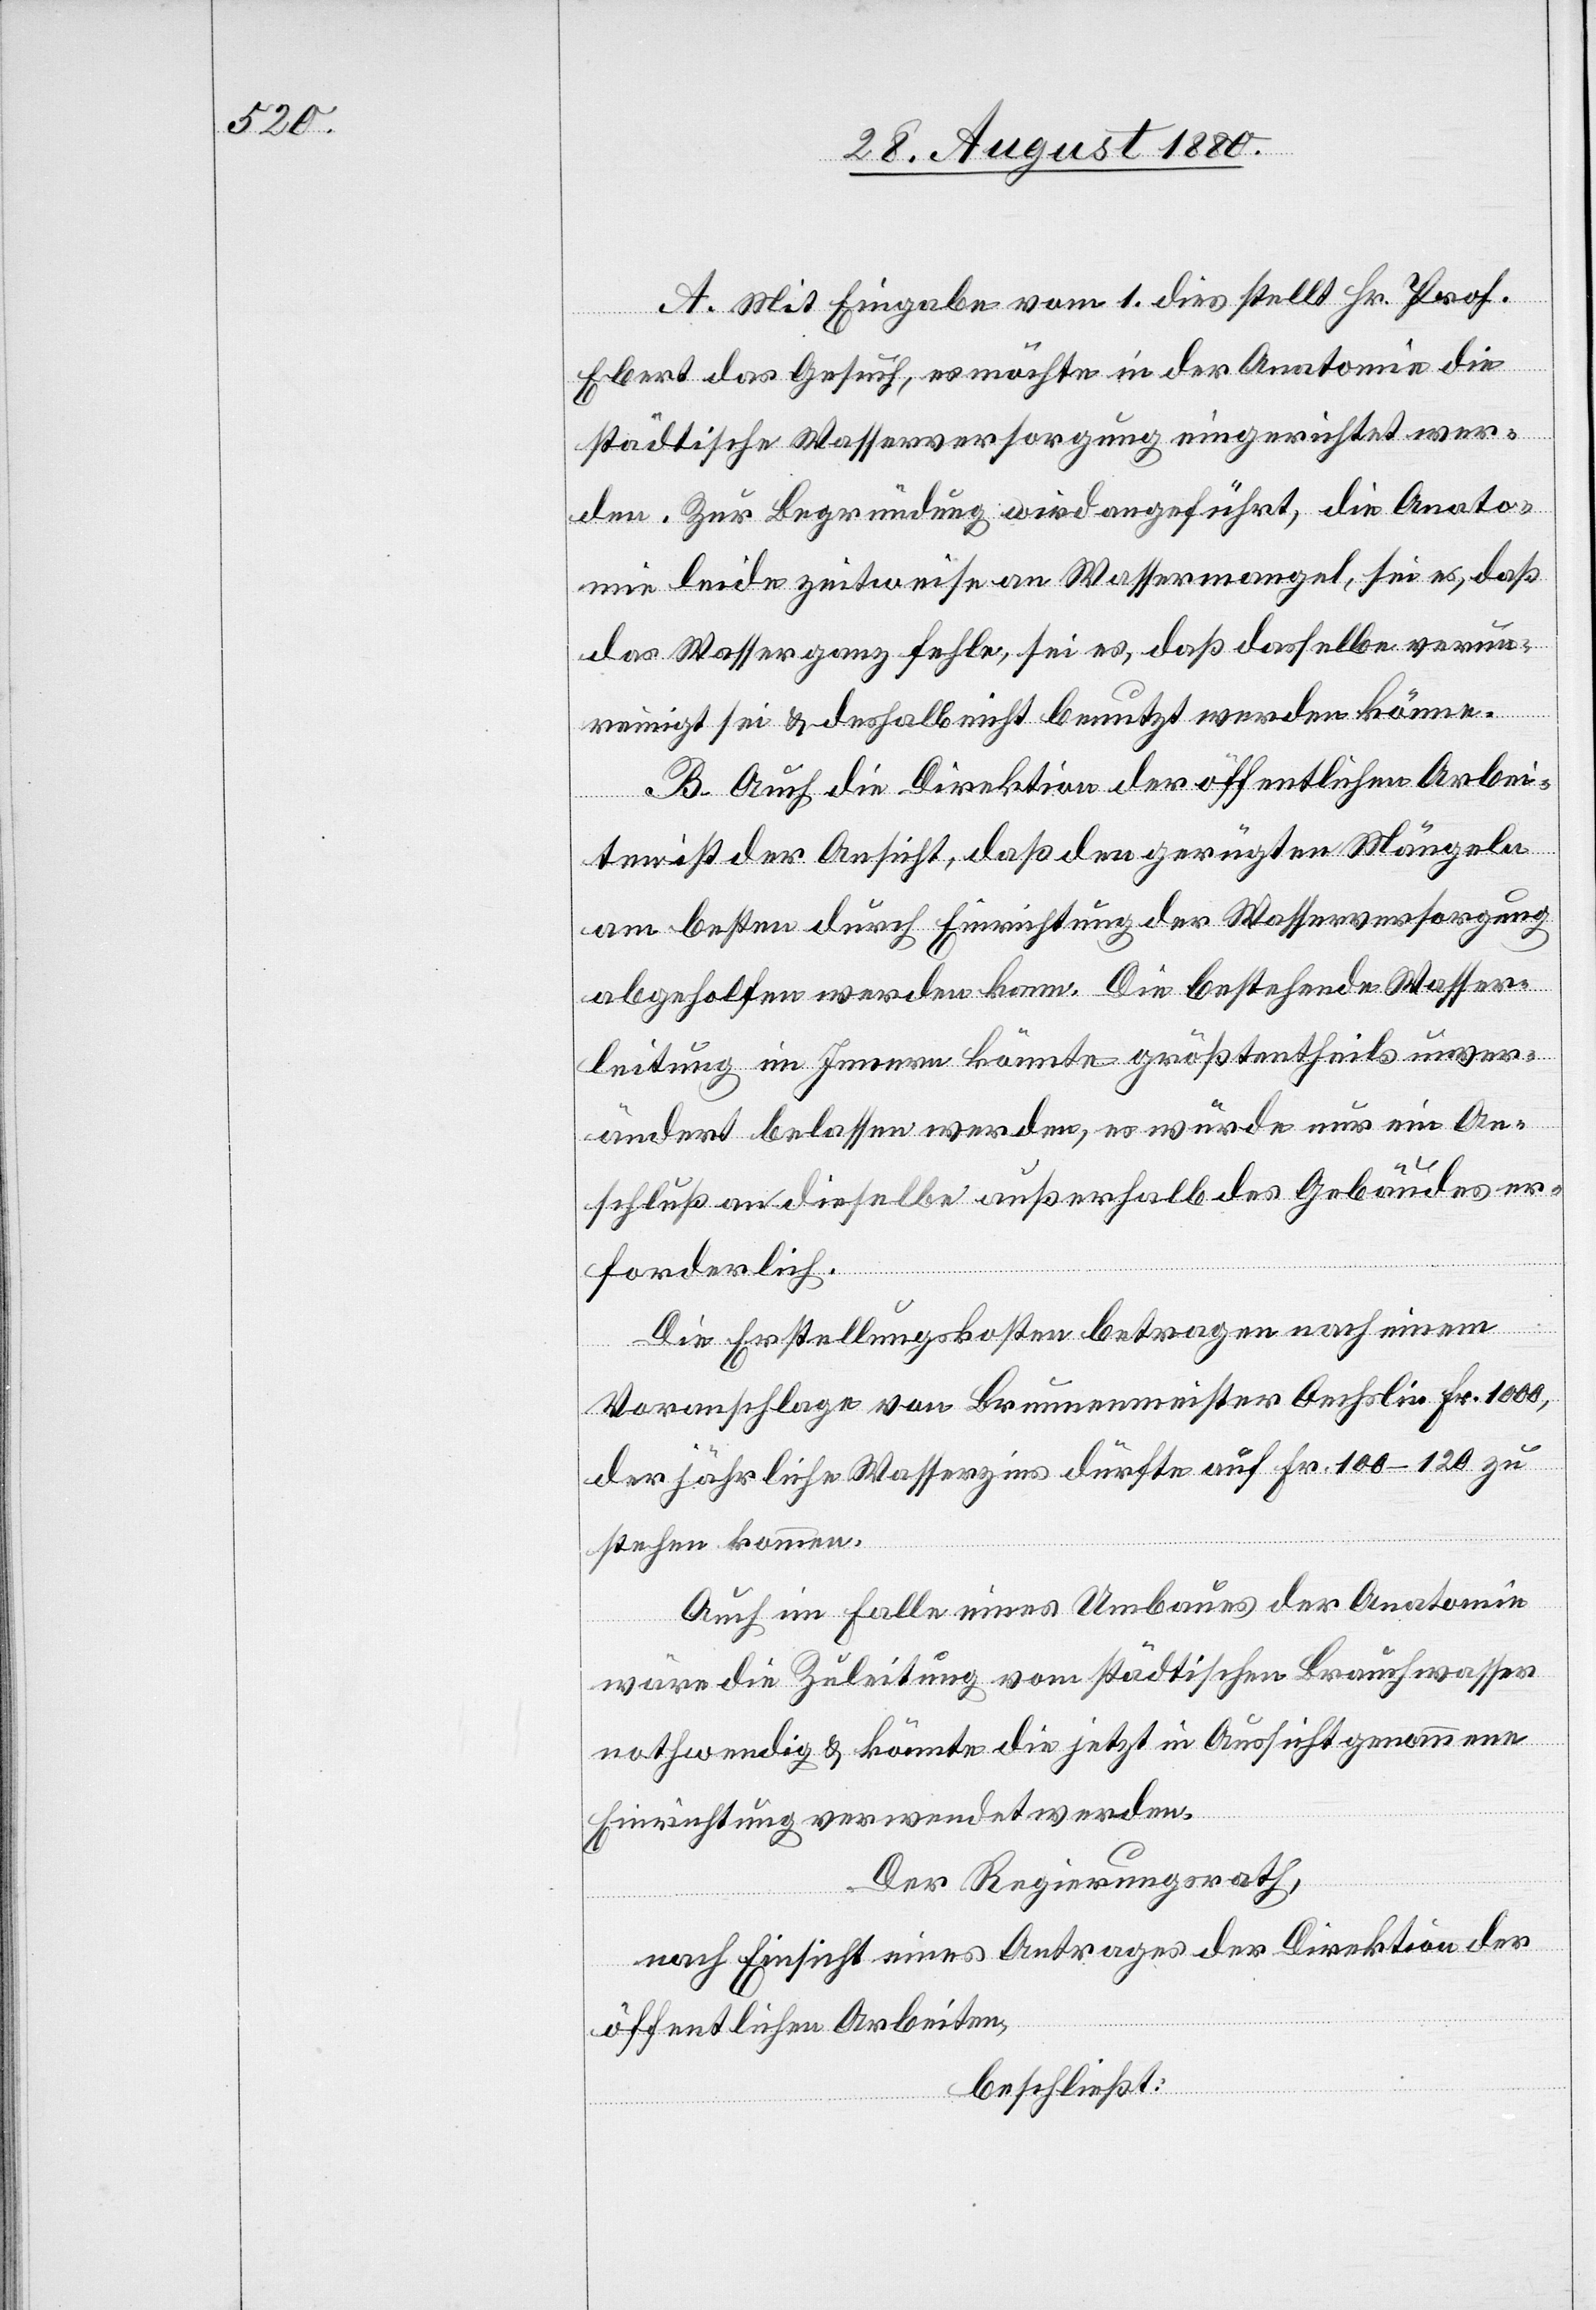
A. Mit Eingabe vom 1. dies stellt Hr. Prof.
Ebert das Gesuch, es möchte in der Anatomie die
städtische Wasserversorgung eingerichtet wer¬
den. Zur Begründung wird angeführt, die Anato¬
mie leide zeitweise an Wassermangel, sei es, daß
das Wasser ganz fehle, sei es, daß dasselbe verun¬
reinigt sei & deshalb nicht benutzt werden könne.
B. Auch die Direktion der öffentlichen Arbei¬
ten ist der Ansicht, daß den gerügten Mängeln
am besten durch Einrichtung der Wasserversorgung
abgeholfen werden kann. Die bestehende Wasser¬
leitung im Innern könnte größtentheils unver¬
ändert belassen werden, es würde nur ein An¬
schluß an dieselbe außerhalb des Gebäudes er¬
forderlich.
Die Erstellungskosten betragen nach einem
Voranschlage von Brunnenmeister Oechslin Fr. 1000,
der jährliche Wasserzins dürfte auf Fr. 100–120 zu
stehen kommen.
Auch im Falle eines Umbaus der Anatomie
wäre die Zuleitung vom städtischen Brauchwasser
nothwendig & könnte die jetzt in Aussicht genommene
Einrichtung verwendet werden.
Der Regierungsrath,
nach Einsicht eines Antrages der Direktion der
öffentlichen Arbeiten,
beschließt: